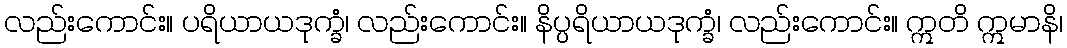
လည်းကောင်း။ ပရိယာယဒုက္ခံ၊ လည်းကောင်း။ နိပ္ပရိယာယဒုက္ခံ၊ လည်းကောင်း။ ဣတိ ဣမာနိ၊